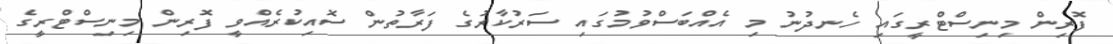
ފޮރިން މިނިސްޓްރީގައި ހެނދުނު މި އެއްބަސްވުމުގައި ސަރުކާރުގެ ފަރާތުން ސޮއިކުރެއްވީ ފޮރިން މިނިސްޓްރީގެ